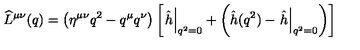
\widehat L ^ { \mu \nu } ( q ) = \left( \eta ^ { \mu \nu } q ^ { 2 } - q ^ { \mu } q ^ { \nu } \right) \left[ \left. \hat { h } \right| _ { q ^ { 2 } = 0 } + \left( \hat { h } ( q ^ { 2 } ) - \left. \hat { h } \right| _ { q ^ { 2 } = 0 } \right) \right]